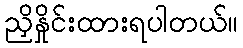
ညှိနှိုင်းထားရပါတယ်။